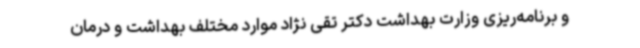
و برنامه‌ریزی وزارت بهداشت دکتر تقی نژاد موارد مختلف بهداشت و درمان